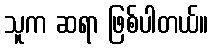
သူက ဆရာ ဖြစ်ပါတယ်။